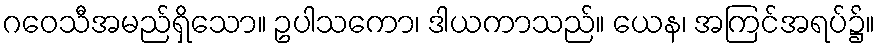
ဂဝေသီအမည်ရှိသော။ ဥပါသကော၊ ဒါယကာသည်။ ယေန၊ အကြင်အရပ်၌။